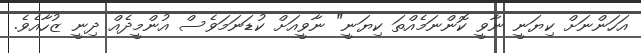
އަހަންނަށް ކިޔަނީ ނާވީ ކޮންނަމެއްތަ ކިޔަނީ" ނާވީއަށް ކުޑަނަމަވެސް އުންމީދެއް ދިނީ ޒުހާއެވެ.